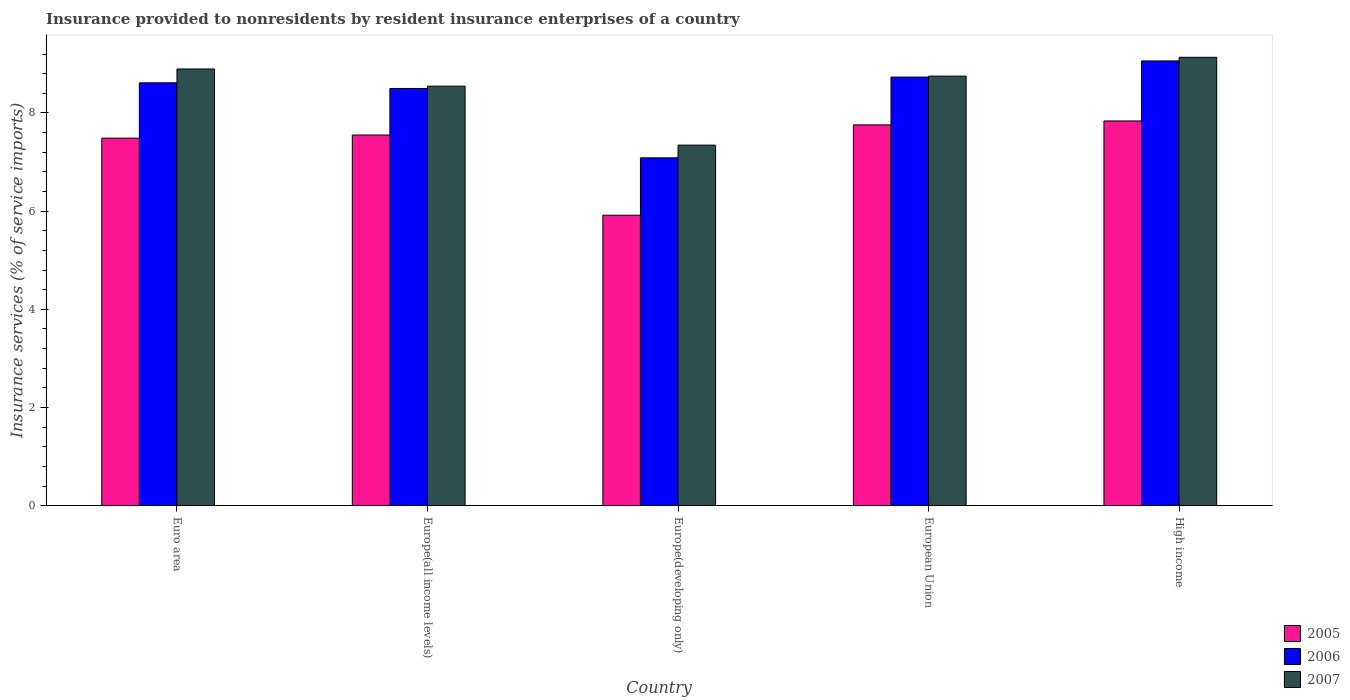
| Country | 2005 | 2006 | 2007 |
 | --- | --- | --- | --- |
 | Euro area | 7.49 | 8.61 | 8.9 |
 | Europe(all income levels) | 7.55 | 8.5 | 8.55 |
 | Europe(developing only) | 5.92 | 7.09 | 7.34 |
 | European Union | 7.76 | 8.73 | 8.75 |
 | High income | 7.84 | 9.06 | 9.13 |